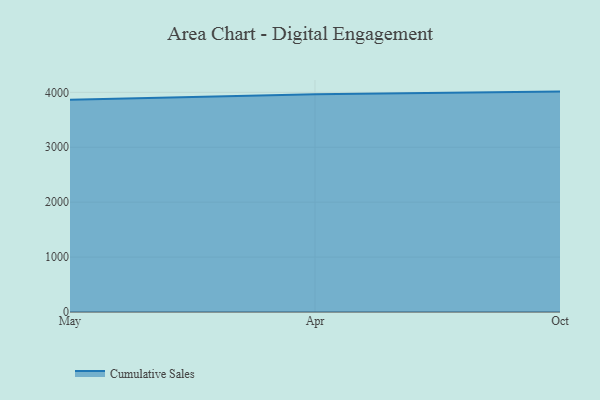
{"axis": {"x": "Month", "y": "Latency (ms)"}, "legend": ["Cumulative Sales"], "data": [{"x": "May", "y": 3866.9, "type": "Cumulative Sales"}, {"x": "Apr", "y": 3965.3, "type": "Cumulative Sales"}, {"x": "Oct", "y": 4013.7, "type": "Cumulative Sales"}]}